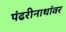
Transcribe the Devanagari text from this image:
पंढरीनाथांवर